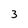
Character: 3